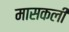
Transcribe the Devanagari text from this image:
मासकली